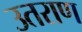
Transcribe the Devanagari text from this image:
उतराण